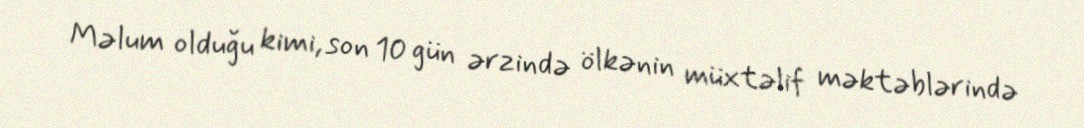
Məlum olduğu kimi, son 10 gün ərzində ölkənin müxtəlif məktəblərində